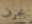
بحرف